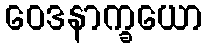
ဝေဒနာက္ခယော